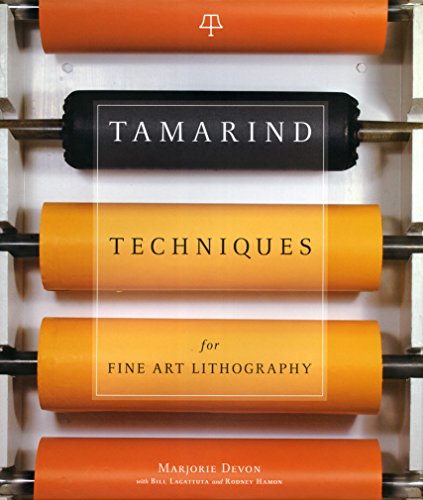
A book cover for Tamarind Techniques for Fine Art Lithography; Marjorie Devon; Arts & Photography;